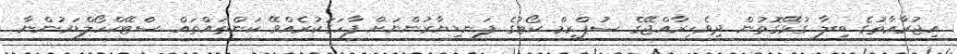
އިޖުރާޢާތުގެ ބިލާ ގުޅޭގޮތުން ދިވެހިރާއްޖޭގެ ސުޕްރީމް ކޯޓުގެ ފަނޑިޔާރުންނަށް ފާހަގަކުރެއްވޭ ކަންތައްތައް ސްޓޭކްހޯލްޑަރުންނާ